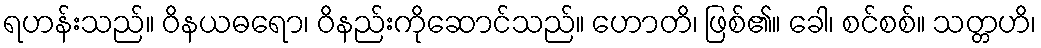
ရဟန်းသည်။ ဝိနယဓရော၊ ဝိနည်းကိုဆောင်သည်။ ဟောတိ၊ ဖြစ်၏။ ခေါ၊ စင်စစ်။ သတ္တဟိ၊